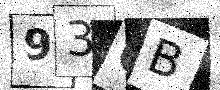
Text: 93GB